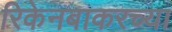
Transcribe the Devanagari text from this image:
रिकेनबाकरच्या